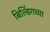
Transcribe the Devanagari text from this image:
बिल्डिंगच्या